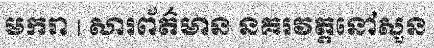
មករា | សារព័ត៌មាន នគរវត្តនៅសួន